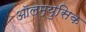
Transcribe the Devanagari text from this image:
ऑलम्युसिक